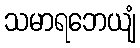
သမာရဘေယျံ